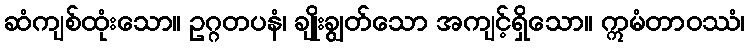
ဆံကျစ်ထုံးသော။ ဥဂ္ဂတပနံ၊ ချိုးချွတ်သော အကျင့်ရှိသော။ ဣမံတာဝဿံ၊